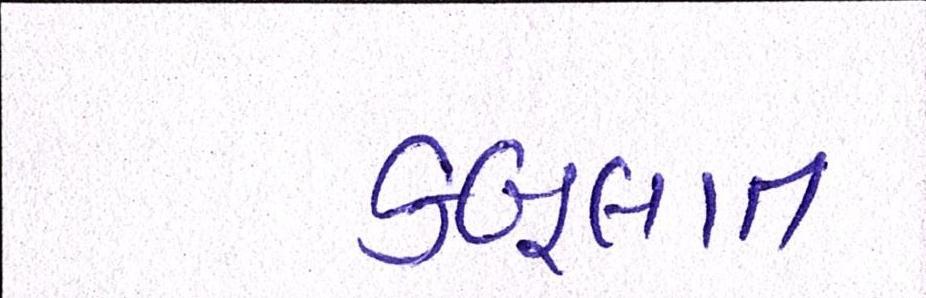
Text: કબૂલાત